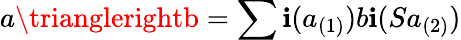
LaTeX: a\trianglerightb=\sum\mathbf{i}(a_{(1)})b\mathbf{i}(Sa_{(2)})